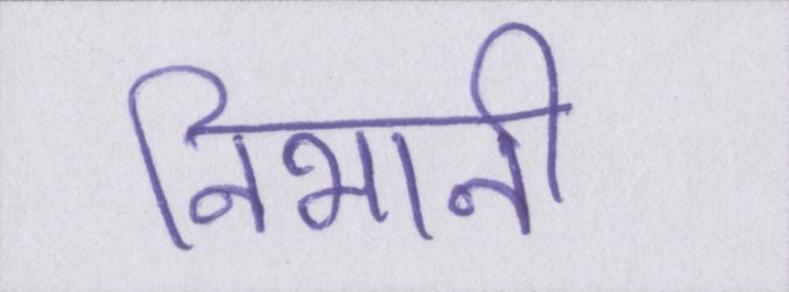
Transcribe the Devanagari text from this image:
निभानी